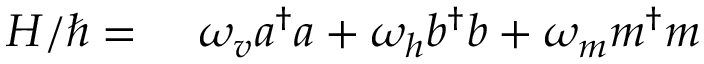
\begin{array} { r l } { H / \hbar = } & { { } \ \omega _ { v } a ^ { \dagger } a + \omega _ { h } b ^ { \dagger } b + \omega _ { m } m ^ { \dagger } m } \end{array}